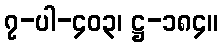
၇-ပါ-၄၀၃၊ ဋ္ဌ-၁၈၄။